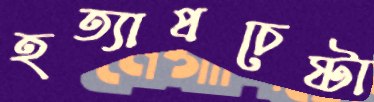
হত্যাপ্রচেষ্টা